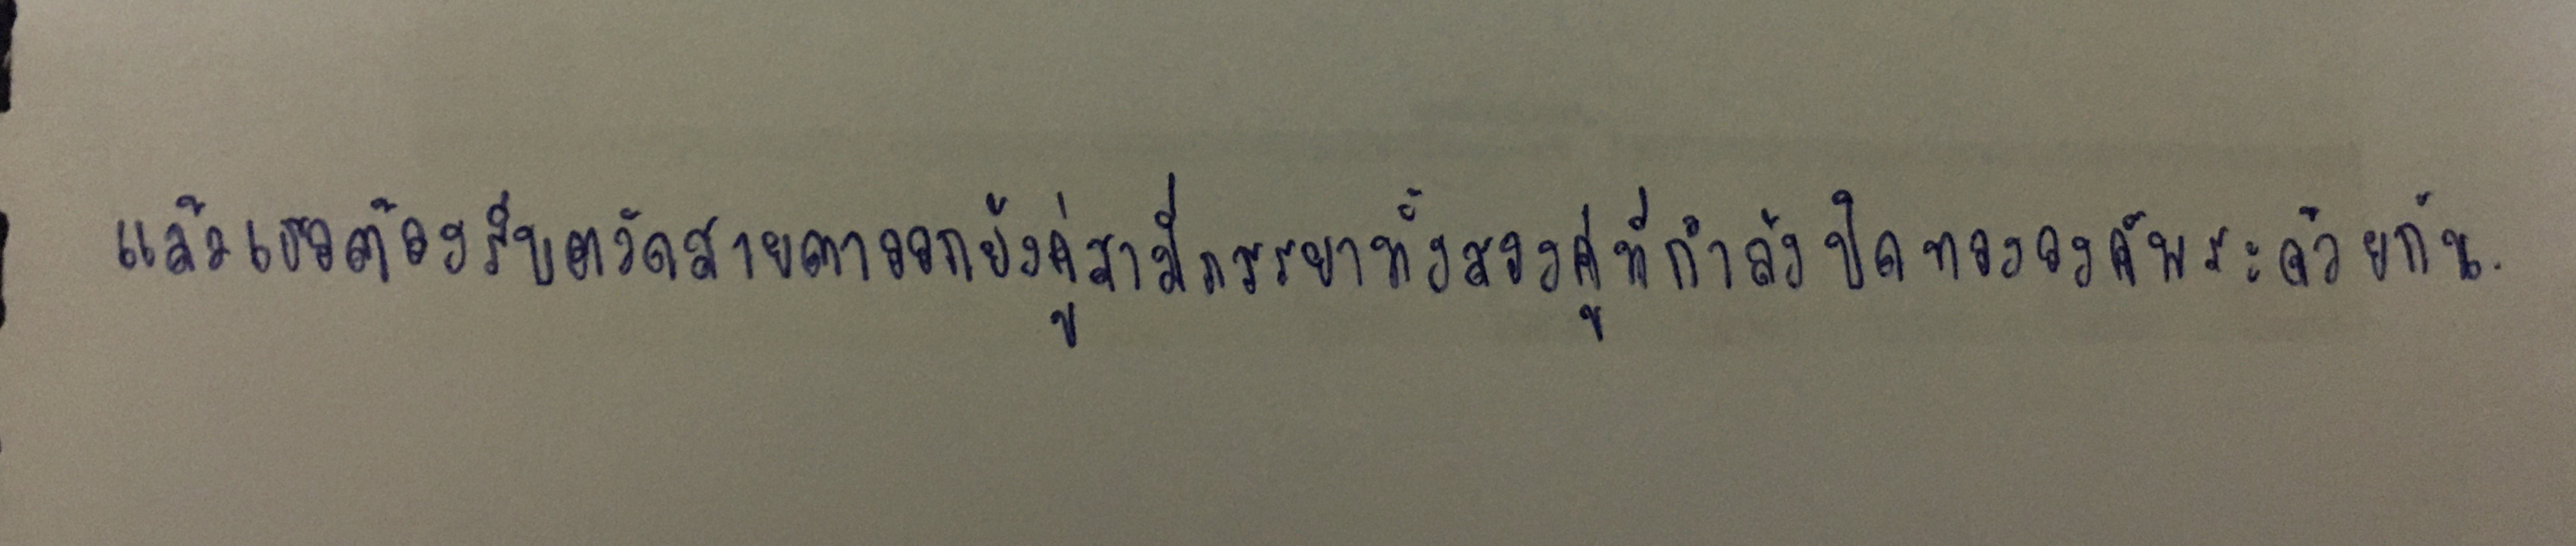
แล้วเธอต้องรีบตวัดสายตาออกยังคู่สามีภรรยาทั้งสองคู่ที่กำลังปิดทององค์พระด้วยกัน